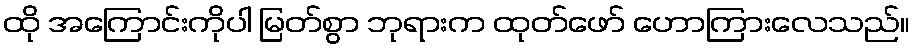
ထို အကြောင်းကိုပါ မြတ်စွာ ဘုရားက ထုတ်ဖော် ဟောကြားလေသည်။